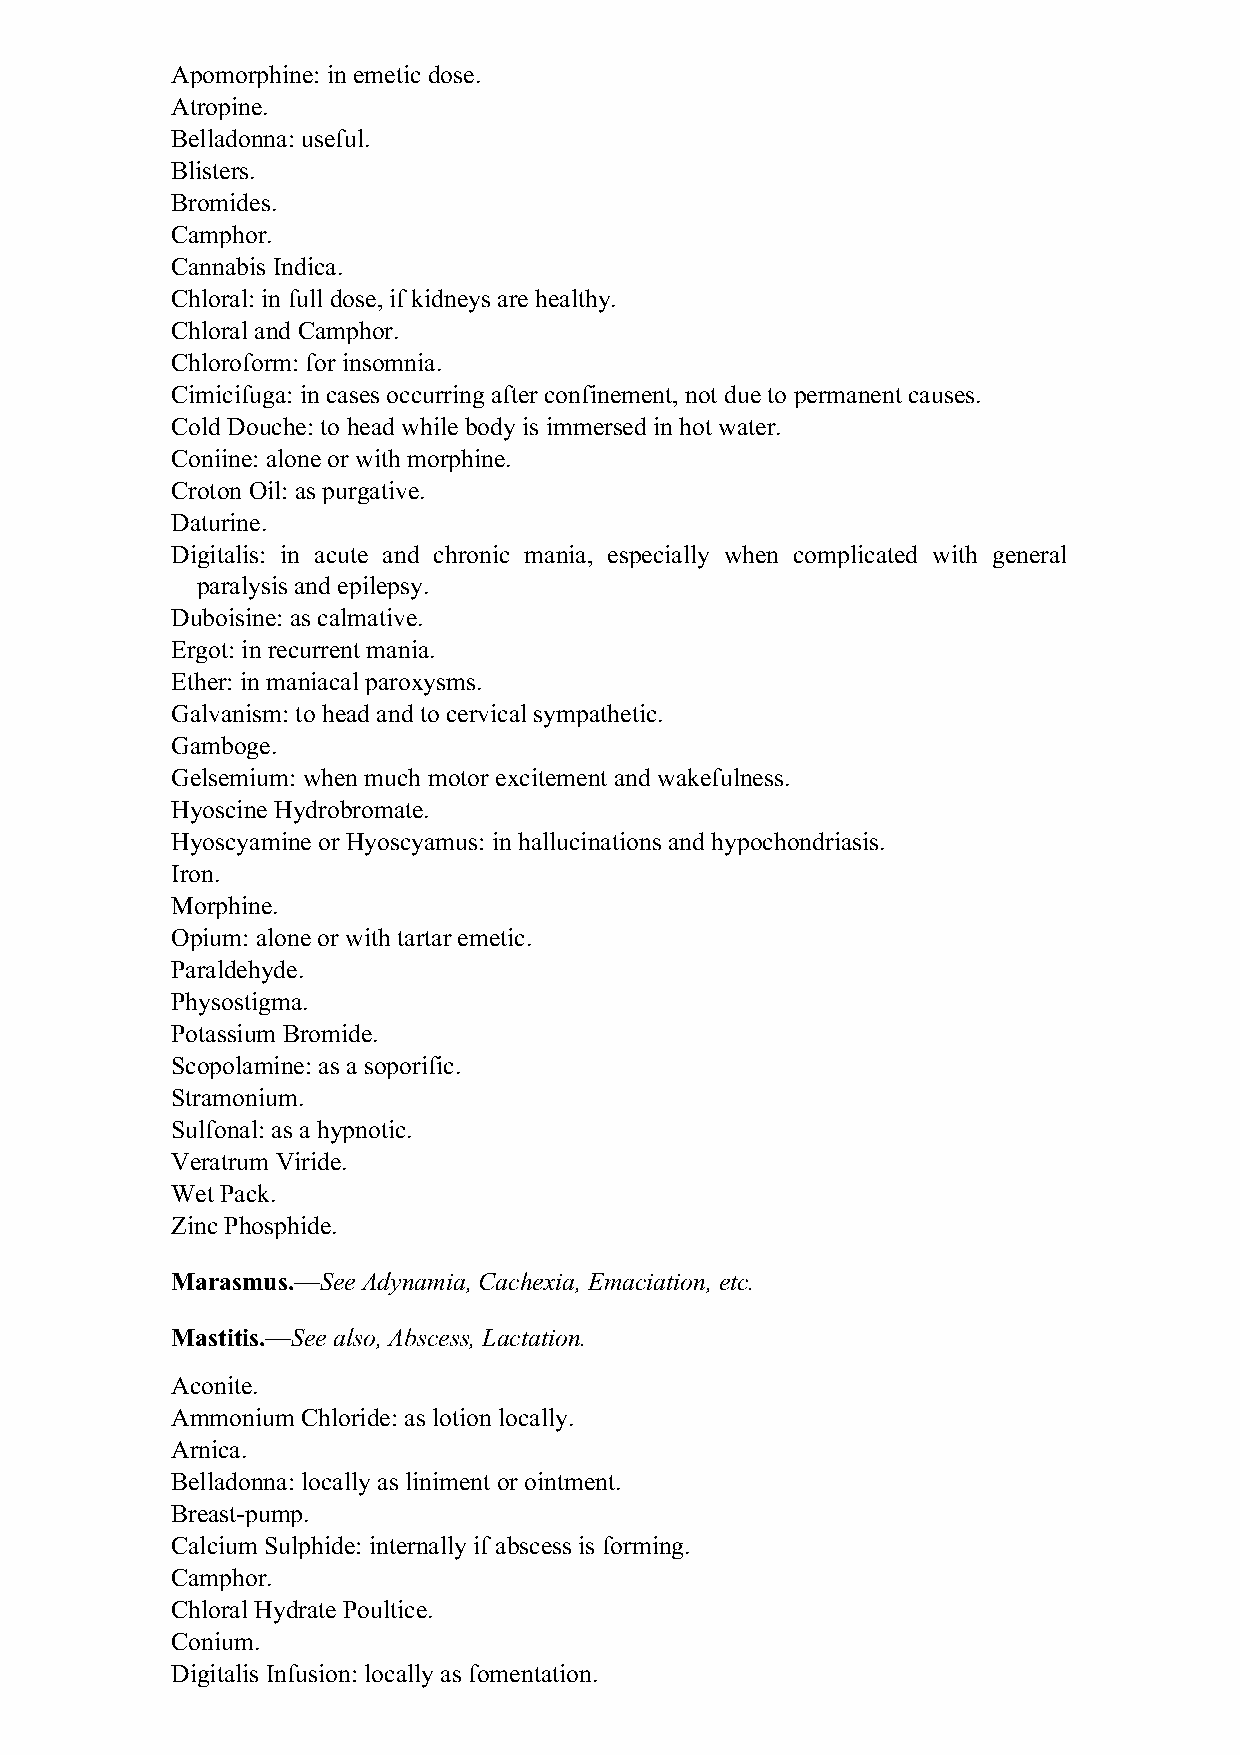
Apomorphine: in emetic dose.
 Atropine.
 Belladonna: useful.
 Blisters.
 Bromides.
 Camphor.
 Cannabis Indica.
 Chloral: in full dose, if kidneys are healthy.
 Chloral and Camphor.
 Chloroform: for insomnia.
 Cimicifuga: in cases occurring after confinement, not due to permanent causes.
 Cold Douche: to head while body is immersed in hot water.
 Coniine: alone or with morphine.
 Croton Oil: as purgative.
 Daturine.
 Digitalis: in acute and chronic mania, especially when complicated with general
 paralysis and epilepsy.
 Duboisine: as calmative.
 Ergot: in recurrent mania.
 Ether: in maniacal paroxysms.
 Galvanism: to head and to cervical sympathetic.
 Gamboge.
 Gelsemium: when much motor excitement and wakefulness.
 Hyoscine Hydrobromate.
 Hyoscyamine or Hyoscyamus: in hallucinations and hypochondriasis.
 Iron.
 Morphine.
 Opium: alone or with tartar emetic.
 Paraldehyde.
 Physostigma.
 Potassium Bromide.
 Scopolamine: as a soporific.
 Stramonium.
 Sulfonal: as a hypnotic.
 Veratrum Viride.
 Wet Pack.
 Zinc Phosphide.
 Marasmus.—See Adynamia, Cachexia, Emaciation, etc.
 Mastitis.—See also, Abscess, Lactation.
 Aconite.
 Ammonium Chloride: as lotion locally.
 Arnica.
 Belladonna: locally as liniment or ointment.
 Breast-pump.
 Calcium Sulphide: internally if abscess is forming.
 Camphor.
 Chloral Hydrate Poultice.
 Conium.
 Digitalis Infusion: locally as fomentation.